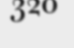
320